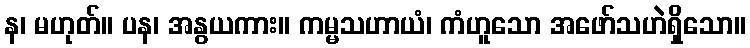
န၊ မဟုတ်။ ပန၊ အနွယကား။ ကမ္မသဟာယံ၊ ကံဟူသော အဖော်သဟဲရှိသော။